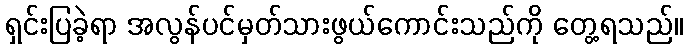
ရှင်းပြခဲ့ရာ အလွန်ပင်မှတ်သားဖွယ်ကောင်းသည်ကို တွေ့ရသည်။